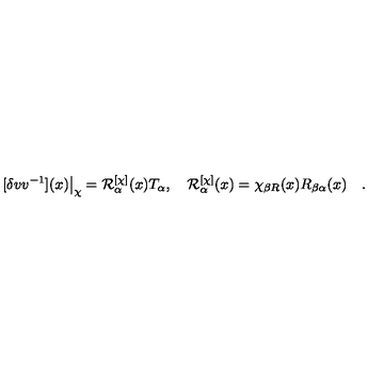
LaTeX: [ \delta v v ^ { - 1 } ] ( x ) \big | _ { \chi } = { \cal R } _ { \alpha } ^ { [ \chi ] } ( x ) T _ { \alpha } , \quad { \cal R } _ { \alpha } ^ { [ \chi ] } ( x ) = \chi _ { \beta R } ( x ) R _ { \beta \alpha } ( x ) \quad .